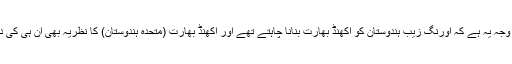
اس کی وجہ یہ ہے کہ اورنگ زیب ہندوستان کو اکھنڈ بھارت بنانا چاہتے تھے اور اکھنڈ بھارت (متحدہ ہندوستان) کا نظریہ بھی ان ہی کی دین ہے۔